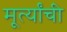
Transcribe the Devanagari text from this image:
मूर्त्यांची